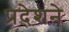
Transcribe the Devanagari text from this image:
प्रदेशने